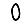
Digit: 0